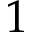
1